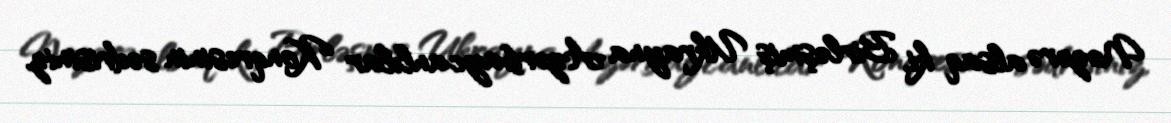
Nəzərə alsaq ki, Birləşmiş Ukrayna Azərbaycanlılar Konqresinin sədrisiniz,